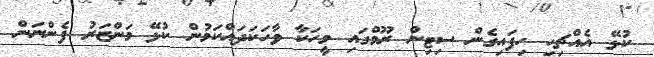
ކުޅޭ އެއްޗިހި ހިފައިގެން ސިޓިން ރޫމްގައި މީހަކާ ވާހަކަދައްކަމުން ކުޅޭ މަންޒަރު ފެންނަން